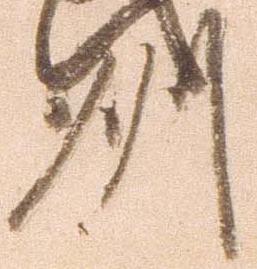
州